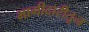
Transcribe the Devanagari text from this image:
भागीदारीतून